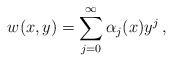
LaTeX: \begin{align*}w(x,y)=\sum_{j=0}^\infty\alpha_j(x)y^j\, ,\end{align*}